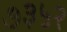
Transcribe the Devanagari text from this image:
७३५२